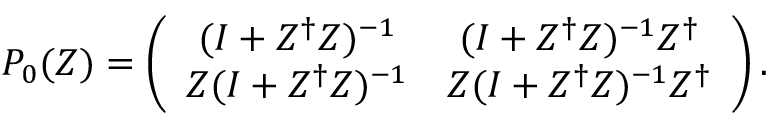
P _ { 0 } ( Z ) = \left( \begin{array} { c c } { { ( I + Z ^ { \dag } Z ) ^ { - 1 } } } & { { ( I + Z ^ { \dag } Z ) ^ { - 1 } Z ^ { \dag } } } \\ { { Z ( I + Z ^ { \dag } Z ) ^ { - 1 } } } & { { Z ( I + Z ^ { \dag } Z ) ^ { - 1 } Z ^ { \dag } } } \end{array} \right) .